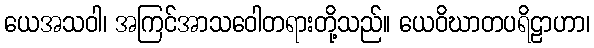
ယေအသဝါ၊ အကြင်အာသဝေါတရားတို့သည်။ ယေဝိဃာတပရိဠာဟာ၊